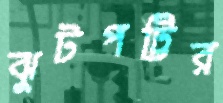
ঝুটপট্টির